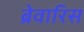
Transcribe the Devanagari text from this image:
ब्रेवारिस